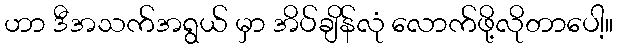
ဟာ ဒီအသက်အရွယ် မှာ အိပ်ချိန်လုံ လောက်ဖို့လိုတာပေါ့။